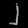
Digit: ၂